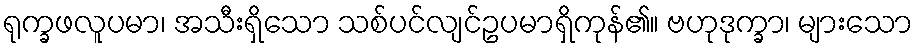
ရုက္ခဖလူပမာ၊ အသီးရှိသော သစ်ပင်လျင်ဥပမာရှိကုန်၏။ ဗဟုဒုက္ခာ၊ များသော